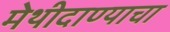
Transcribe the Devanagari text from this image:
मेथीदाण्याचा